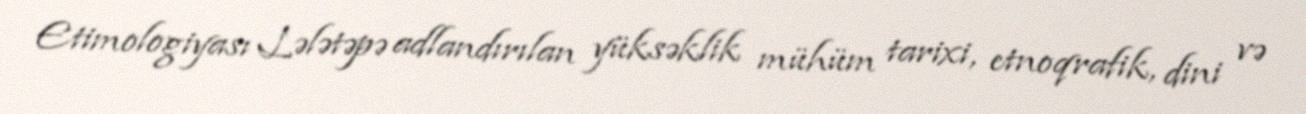
Etimologiyası Lələtəpə adlandırılan yüksəklik mühüm tarixi, etnoqrafik, dini və